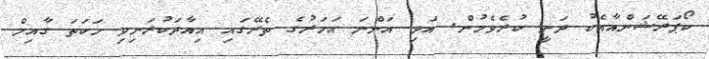
ކޯޕަރޭޝަންއާއެކު ދަނީ ކުރެވެމުން. އަދި އަންނަ އަހަރުގެ ތެރޭގައި އިއާދަކުރަނިވި ހަކަތަ ގާއިމް